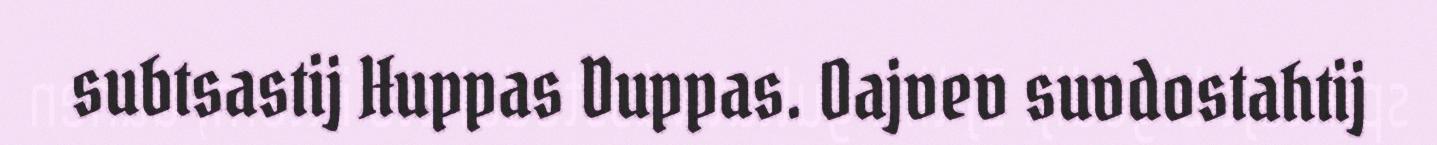
subtsastij Huppas Duppas. Oajvev suvdostahtij